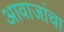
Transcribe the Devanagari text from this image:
आवाजांचा